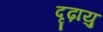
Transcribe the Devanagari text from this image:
दृढ़ायु